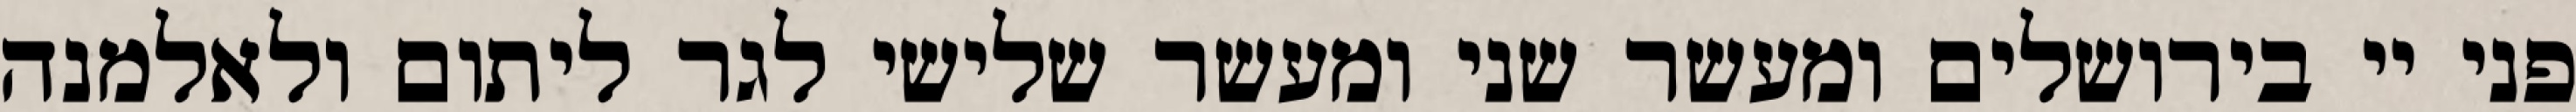
פני יי בירושלים ומעשר שני ומעשר שלישי לגר ליתום ולאלמנה